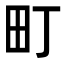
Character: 町